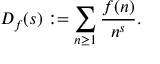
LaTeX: D _ { f } ( s ) : = \sum _ { n \geq 1 } { \frac { f ( n ) } { n ^ { s } } } .